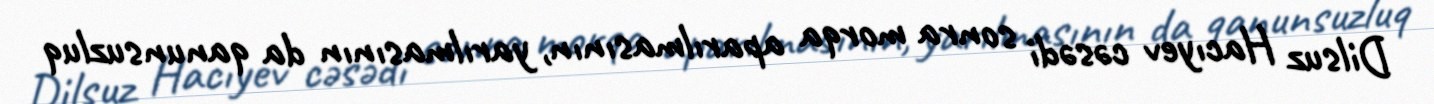
Dilsuz Hacıyev cəsədi sonra morqa aparılmasının, yarılmasının da qanunsuzluq